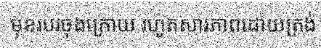
មុខរបរចុងក្រោយ រហូតសារភាពដោយត្រង់